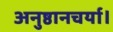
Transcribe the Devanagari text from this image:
अनुष्ठानचर्या।